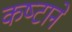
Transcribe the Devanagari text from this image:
कष्‍टाने